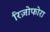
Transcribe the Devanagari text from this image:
रिज़ोफोरा